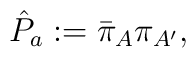
{\hat P}_{a}:={\bar \pi}_{A}{\pi}_{A^\prime},